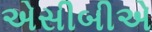
એસીબીએ